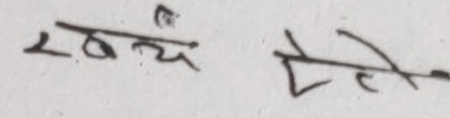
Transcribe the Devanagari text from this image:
स्वयं देखे